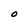
Character: O